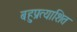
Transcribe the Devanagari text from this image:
बहुप्रत्याशित